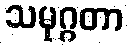
သမုဂ္ဂတာ